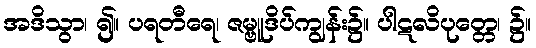
အဒိသွာ၊ ၍။ ပရတီရေ၊ ဇမ္ဗူဒိပ်ကျွန်း၌။ ပါဋလိပုတ္တေ၊ ၌။